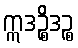
ဣဒဉ္စိဒဉ္စ